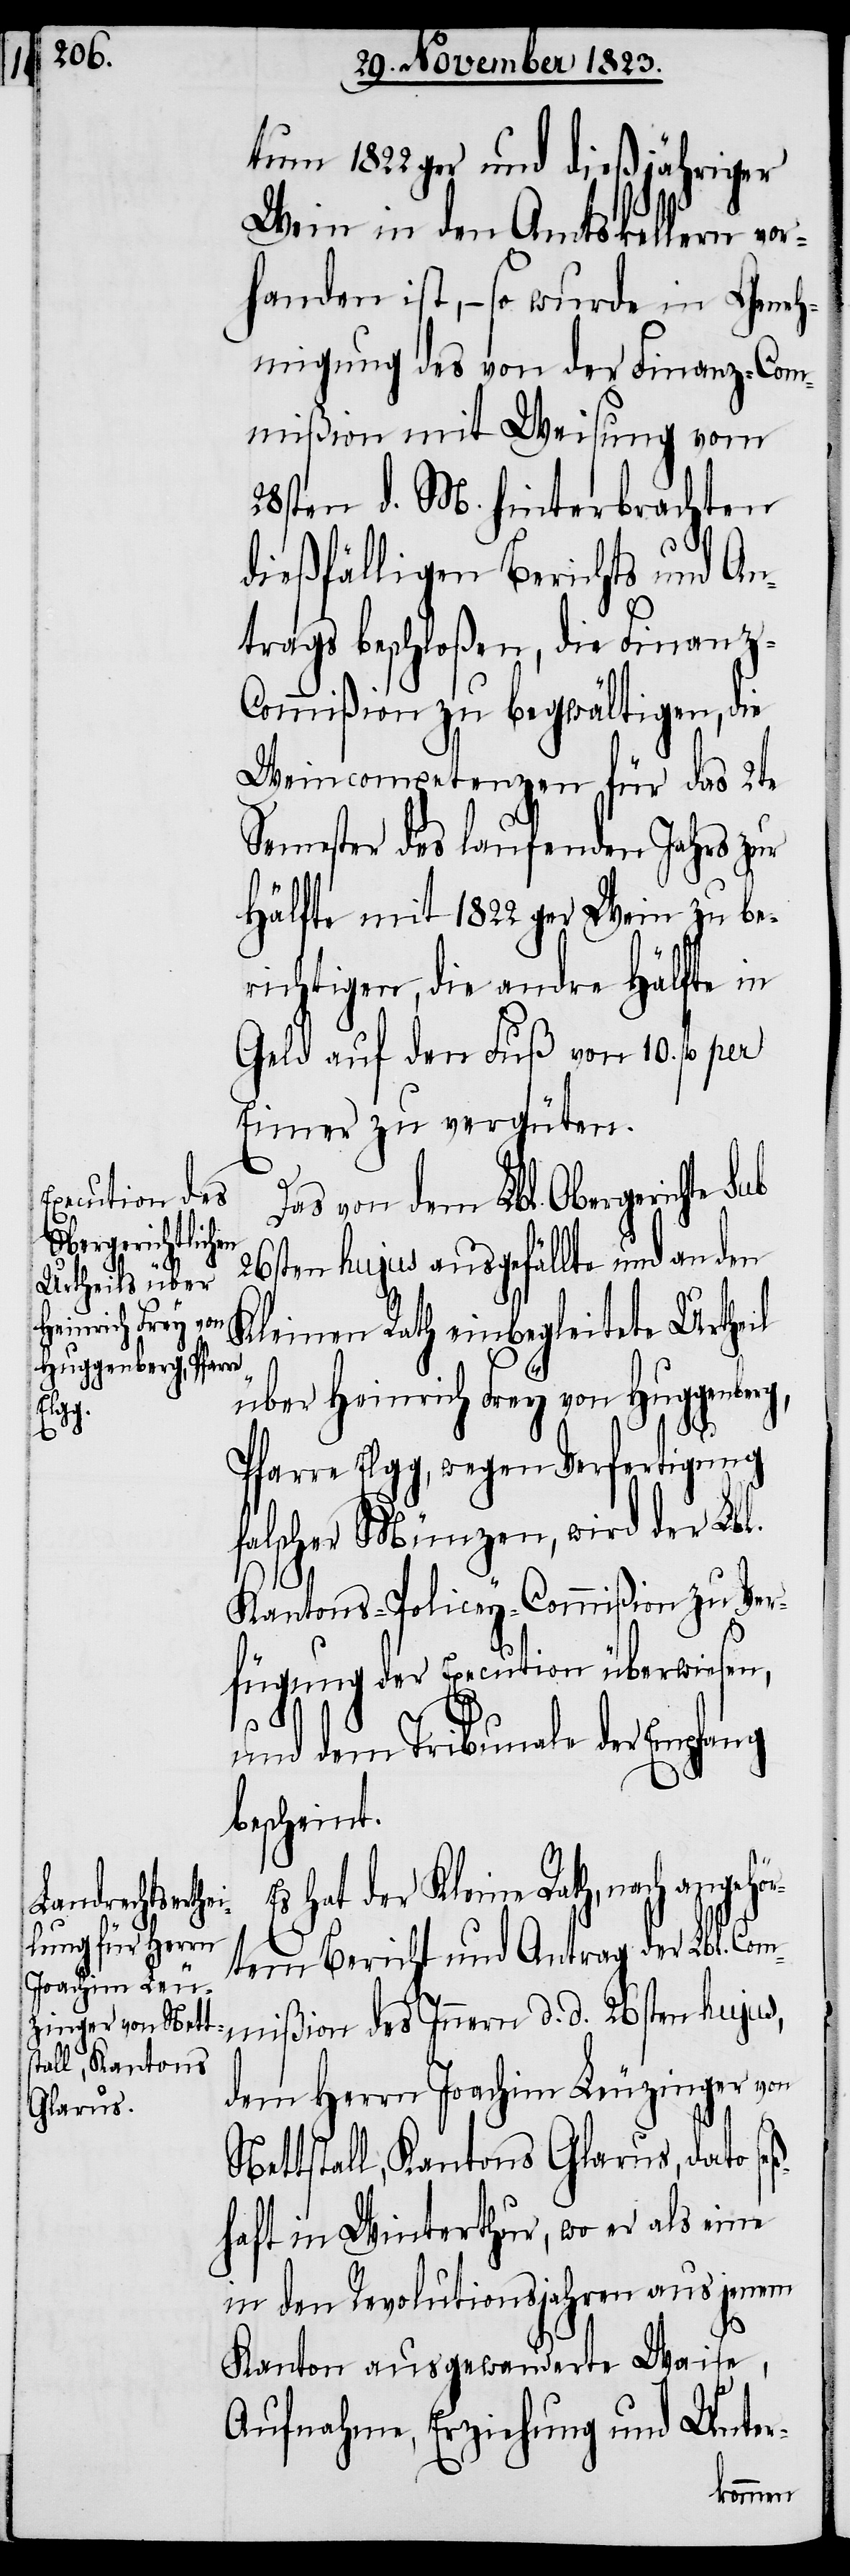
ör¬

tum 1822ger und dießjähriger
Wein in den Amtskellern vor¬
handen ist, − so wurde in Geneh¬
migung des von der Finanz-Com¬
mißion mit Weisung vom
28sten d. M hinterbrachten
dießfälligen Berichts und An¬
trags beschloßen, die Finanz-C¬
ommißion zu begwältigen, die
Weincompetenzen für das 2te
Semester des laufenden Jahrs zur
Hälfte mit 1822ger Wein zu be¬
richtigen, die andre Hälfte in
Geld auf den Fuß von 10. fl per
Eimer zu vergüten.
s von dem Lbl. Obergerichte
26sten hujus ausgefällte und an den
Kleinen Rath einbegleitete Urtheil
über Heinrich Frey von Huggenberg,
Pfarre Elgg, wegen Verfertigung
falscher Münzen, wird der Lbl.
Kantons-Policey-Commißion zu Ver¬
fügung der Execution überwiesen,
und dem Tribunale der Empfang
bescheint.
hat der Kleine Rath, nach angeh¬
tem Bericht und Antrag der Lbl. Com¬
mißion des Innern d. d. 26sten hujus,
dem Herrn Joachim Leuzinger von
Nettstall, Kantons Glarus, dato se¬
ßhaft in Winterthur, wo er als eine
in den Revolutionsjahren aus jenem
Kanton ausgewanderte Waise,
Aufnahme, Erziehung und Unter-